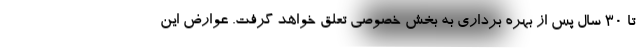
تا ۳۰ سال پس از بهره برداری به بخش خصوصی تعلق خواهد گرفت. عوارض این